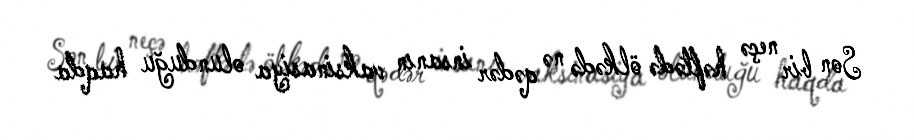
Son bir neçə həftədə ölkədə nə qədər insanın vaksinasiya olunduğu haqda